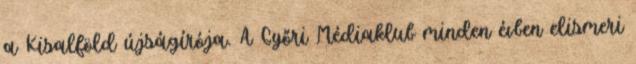
a Kisalföld újságírója. A Győri Médiaklub minden évben elismeri